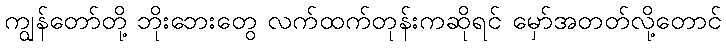
ကျွန်တော်တို့ ဘိုးဘေးတွေ လက်ထက်တုန်းကဆိုရင် မှော်အတတ်လို့တောင်